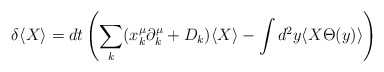
\begin{align*}\delta \langle X\rangle =dt\left( \sum _{k}(x_{k}^{\mu }\partial _{k}^{\mu }+D_{k})\langle X\rangle -\int d^{2}y\langle X\Theta (y)\rangle \right)\end{align*}